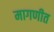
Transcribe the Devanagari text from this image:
मागणीत